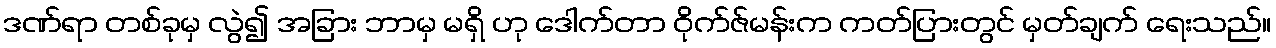
ဒဏ်ရာ တစ်ခုမှ လွဲ၍ အခြား ဘာမှ မရှိ ဟု ဒေါက်တာ ဝိုက်ဇ်မန်းက ကတ်ပြားတွင် မှတ်ချက် ရေးသည်။